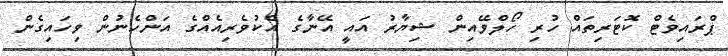
ޕްރައިވެޓް ކޮޓަރިތައް ހުރި ހޯލްވޭއިން ޝިޔާރު އައީ އޭނާގެ އެކުވެރިއެއްގެ އަންހެނުން ވިހައިގެން